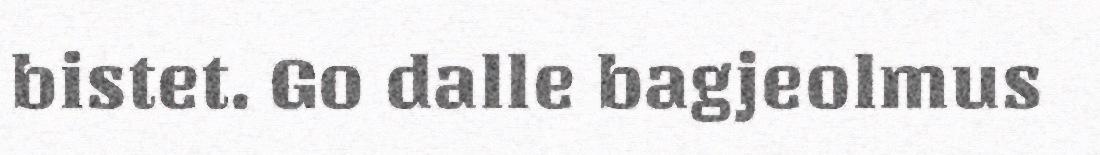
bistet. Go dalle bagjeolmus